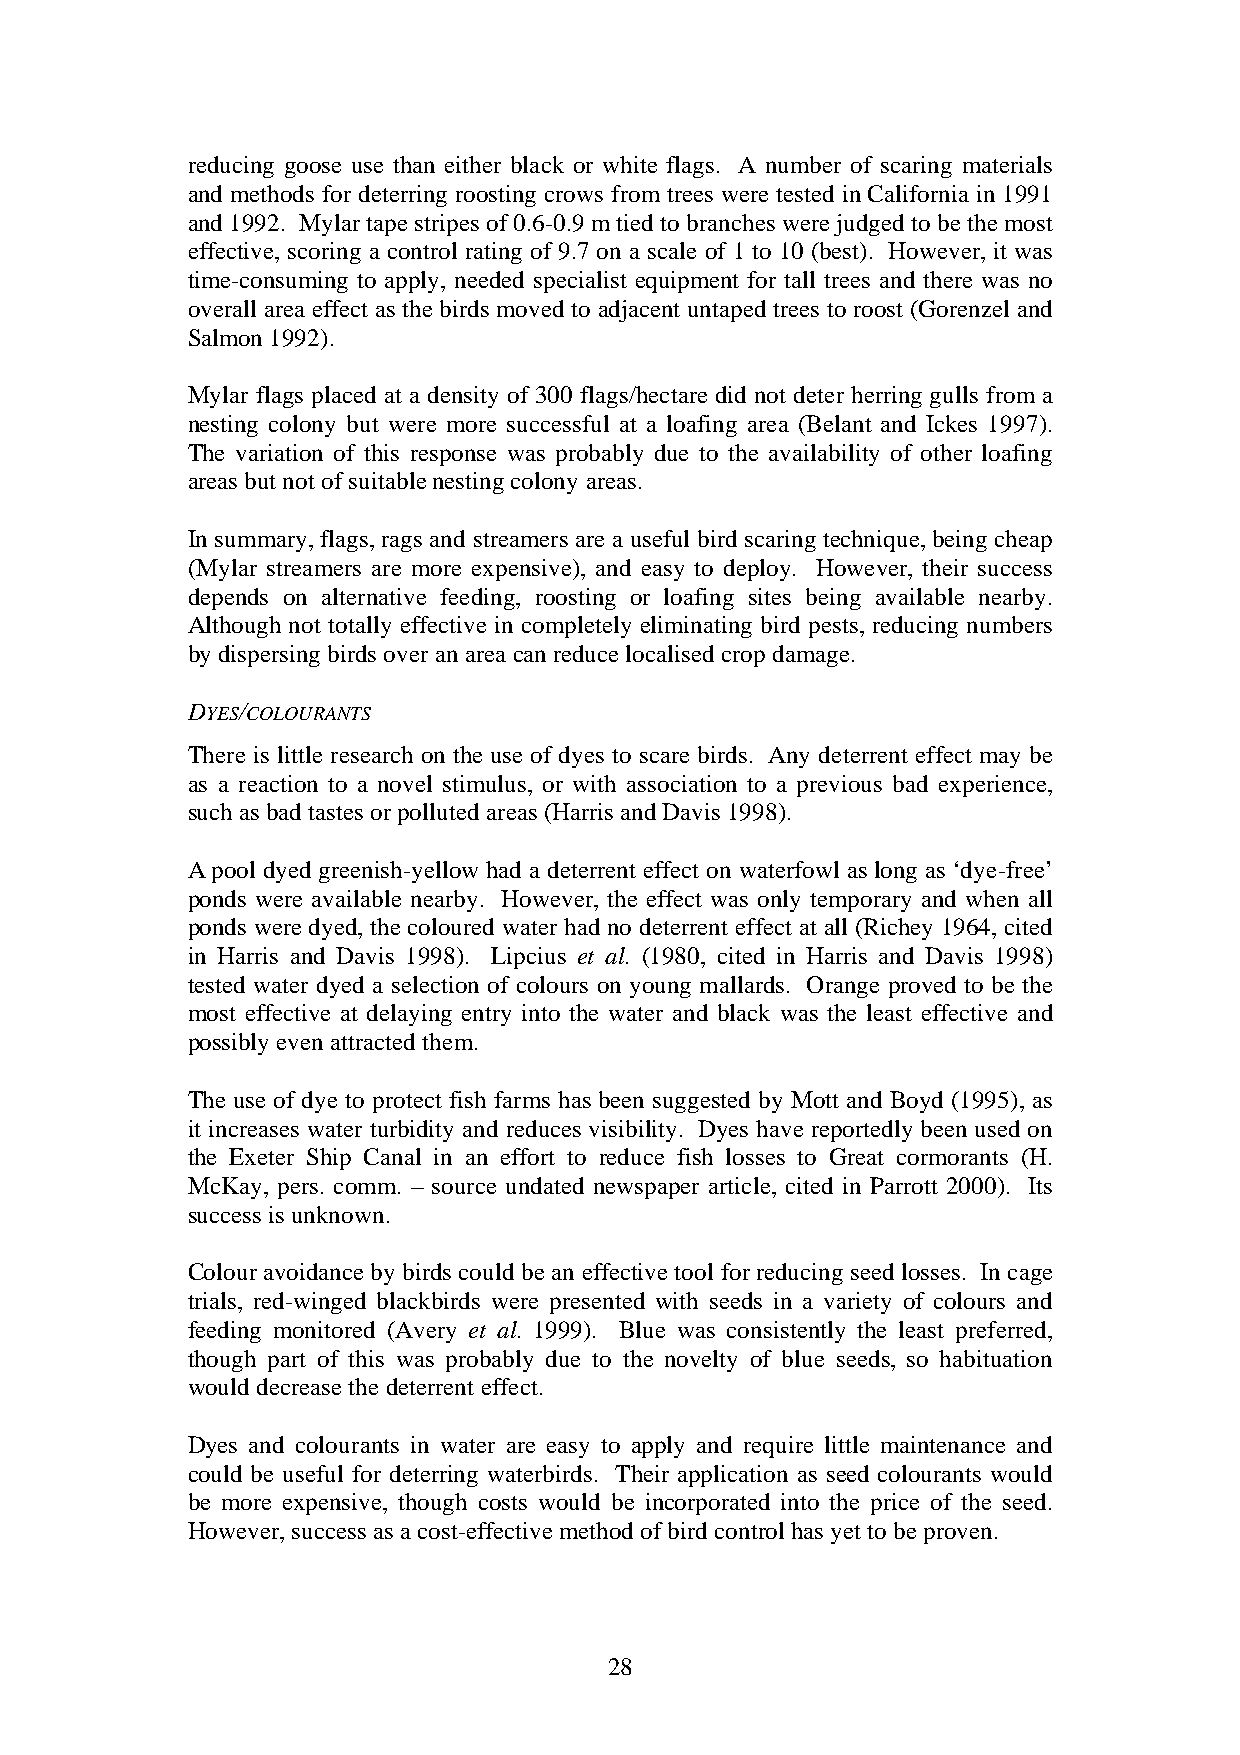
reducing goose use than either black or white flags. A number of scaring materials
 and methods for deterring roosting crows from trees were tested in California in 1991
 and 1992. Mylar tape stripes of 0.6-0.9 m tied to branches were judged to be the most
 effective, scoring a control rating of 9.7 on a scale of 1 to 10 (best). However, it was
 time-consuming to apply, needed specialist equipment for tall trees and there was no
 overall area effect as the birds moved to adjacent untaped trees to roost (Gorenzel and
 Salmon 1992).
 Mylar flags placed at a density of 300 flags/hectare did not deter herring gulls from a
 nesting colony but were more successful at a loafing area (Belant and Ickes 1997).
 The variation of this response was probably due to the availability of other loafing
 areas but not of suitable nesting colony areas.
 In summary, flags, rags and streamers are a useful bird scaring technique, being cheap
 (Mylar streamers are more expensive), and easy to deploy. However, their success
 depends on alternative feeding, roosting or loafing sites being available nearby.
 Although not totally effective in completely eliminating bird pests, reducing numbers
 by dispersing birds over an area can reduce localised crop damage.
 DYES/COLOURANTS
 There is little research on the use of dyes to scare birds. Any deterrent effect may be
 as a reaction to a novel stimulus, or with association to a previous bad experience,
 such as bad tastes or polluted areas (Harris and Davis 1998).
 A pool dyed greenish-yellow had a deterrent effect on waterfowl as long as ‘dye-free’
 ponds were available nearby. However, the effect was only temporary and when all
 ponds were dyed, the coloured water had no deterrent effect at all (Richey 1964, cited
 in Harris and Davis 1998). Lipcius et al. (1980, cited in Harris and Davis 1998)
 tested water dyed a selection of colours on young mallards. Orange proved to be the
 most effective at delaying entry into the water and black was the least effective and
 possibly even attracted them.
 The use of dye to protect fish farms has been suggested by Mott and Boyd (1995), as
 it increases water turbidity and reduces visibility. Dyes have reportedly been used on
 the Exeter Ship Canal in an effort to reduce fish losses to Great cormorants (H.
 McKay, pers. comm. – source undated newspaper article, cited in Parrott 2000). Its
 success is unknown.
 Colour avoidance by birds could be an effective tool for reducing seed losses. In cage
 trials, red-winged blackbirds were presented with seeds in a variety of colours and
 feeding monitored (Avery et al. 1999). Blue was consistently the least preferred,
 though part of this was probably due to the novelty of blue seeds, so habituation
 would decrease the deterrent effect.
 Dyes and colourants in water are easy to apply and require little maintenance and
 could be useful for deterring waterbirds. Their application as seed colourants would
 be more expensive, though costs would be incorporated into the price of the seed.
 However, success as a cost-effective method of bird control has yet to be proven.
 28